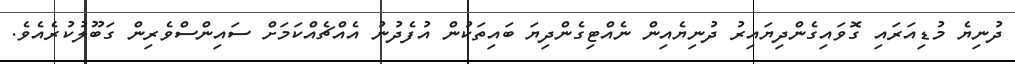
ދުނިޔެ މުޑިއަރައި ގޮވައިގެންދިޔައިރު ދުނިޔެއިން ނެއްޓިގެންދިޔަ ބައިތަކުން އުފެދުނު އެއްޗެއްކަމަށް ސައިންސްވެރިން ގަބޫލުކުރެއެވެ.